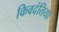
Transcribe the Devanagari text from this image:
किवदंतिया